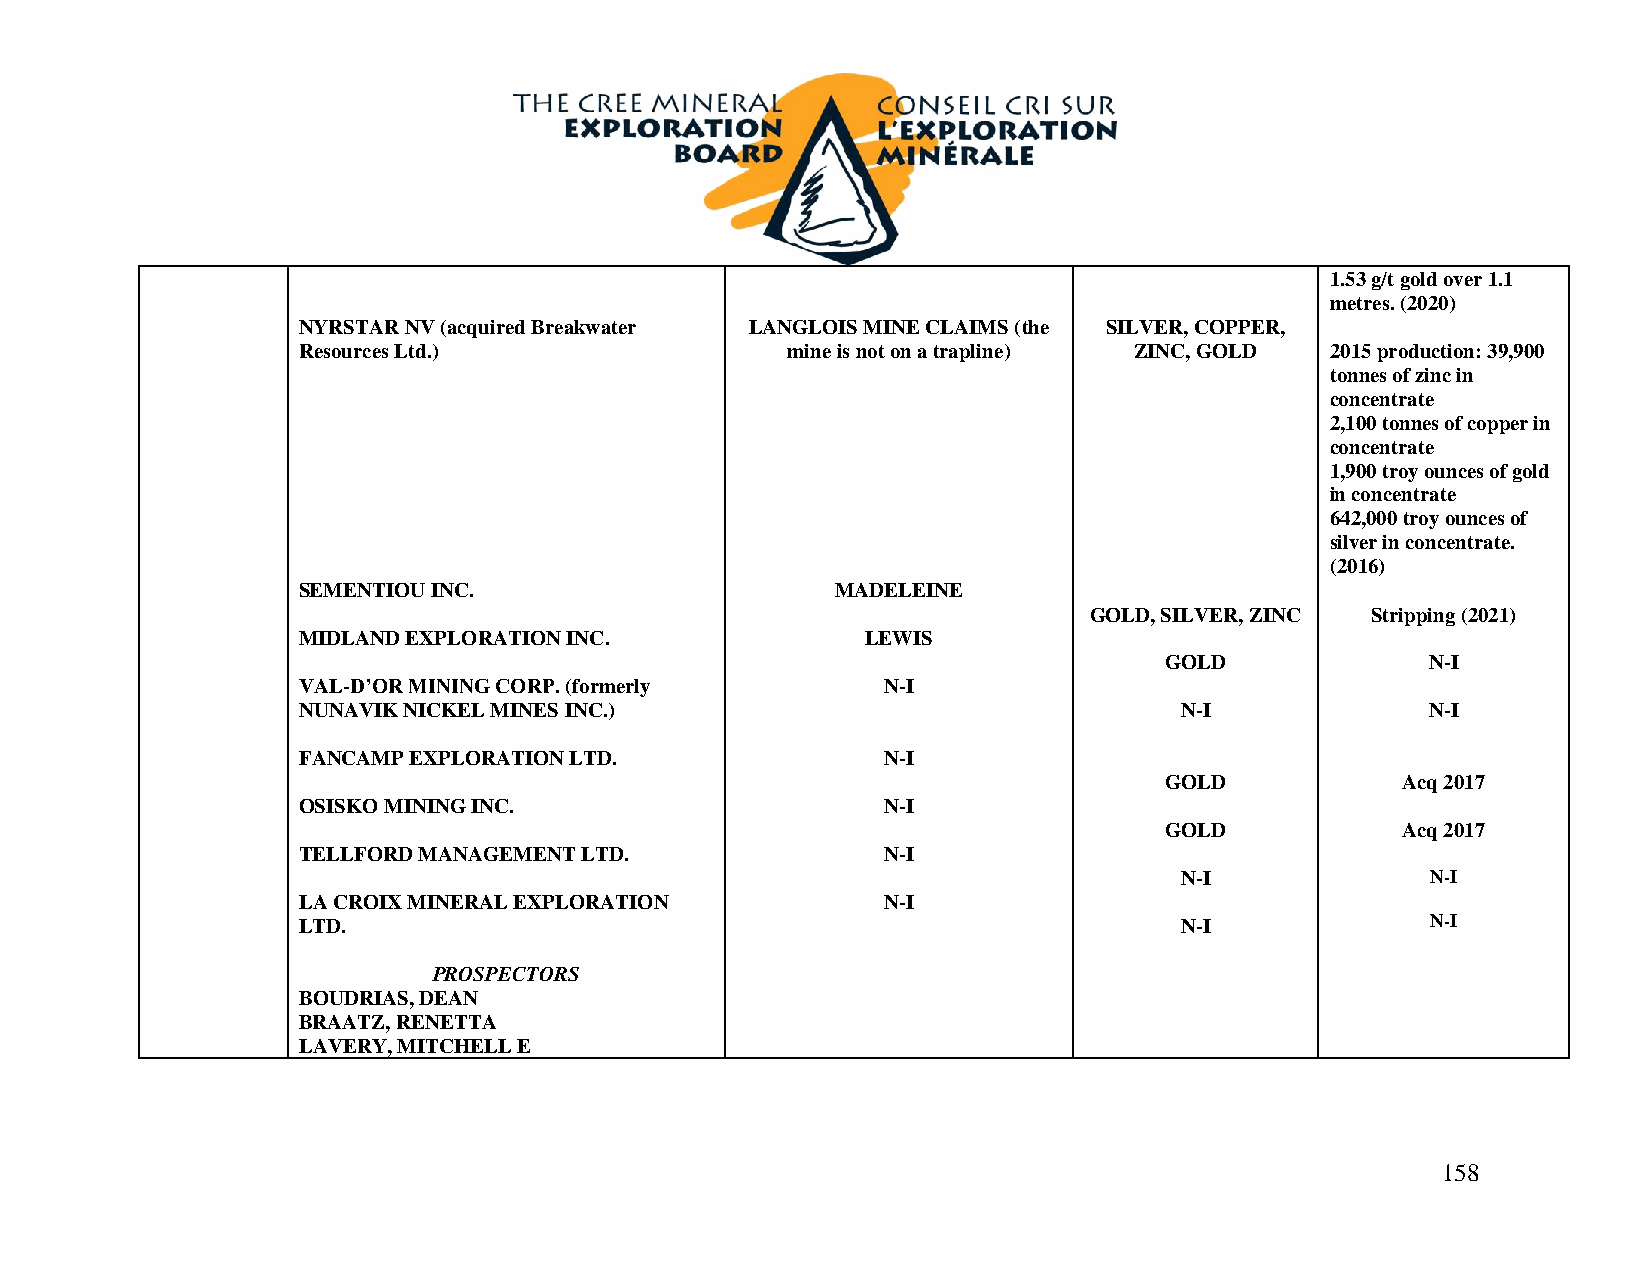
1.53 g/t gold over 1.1
 metres. (2020)
 NYRSTAR NV (acquired Breakwater LANGLOIS MINE CLAIMS (the SILVER, COPPER,
 Resources Ltd.)                 mine is not on a trapline) ZINC, GOLD 2015 production: 39,900
 tonnes of zinc in
 concentrate
 2,100 tonnes of copper in
 concentrate
 1,900 troy ounces of gold
 in concentrate
 642,000 troy ounces of
 silver in concentrate.
 (2016)
 SEMENTIOU INC.                     MADELEINE
 GOLD, SILVER, ZINC Stripping (2021)
 MIDLAND EXPLORATION INC.             LEWIS
 GOLD              N-I
 VAL-D’OR MINING CORP. (formerly        N-I
 NUNAVIK NICKEL MINES INC.)                                N-I              N-I
 FANCAMP EXPLORATION LTD.               N-I
 GOLD            Acq 2017
 OSISKO MINING INC.                     N-I
 GOLD            Acq 2017
 TELLFORD MANAGEMENT LTD.               N-I
 N-I              N-I
 LA CROIX MINERAL EXPLORATION           N-I
 LTD.                                                      N-I              N-I
 PROSPECTORS
 BOUDRIAS, DEAN
 BRAATZ, RENETTA
 LAVERY, MITCHELL E
 158